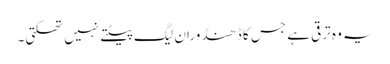
یہ وہ ترقی ہے جس کا ڈھنڈورا ن لیگ پیٹتے نہیں تھکتی۔